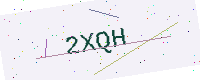
Text: 2XQH